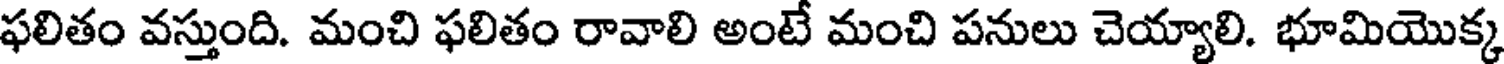
ఫలితం వస్తుంది. మంచి ఫలితం రావాలి అంటే మంచి పనులు చెయ్యాలి. భూమియొక్క